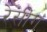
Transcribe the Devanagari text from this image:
रेसींग